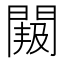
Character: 𮤐